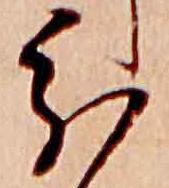
分